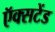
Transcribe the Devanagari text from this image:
ऍक्सटेंड